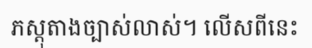
ភស្តុតាងច្បាស់លាស់។ លើសពីនេះ